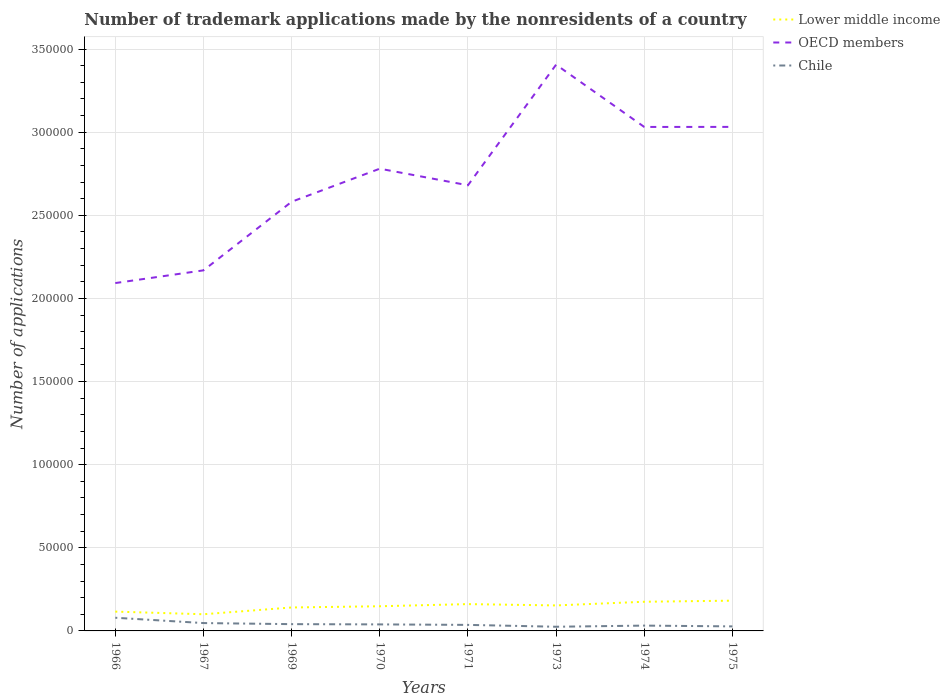
| Years | Lower middle income | OECD members | Chile |
 | --- | --- | --- | --- |
 | 1966 | 1.16e+04 | 2.09e+05 | 7.93e+03 |
 | 1967 | 1e+04 | 2.17e+05 | 4.72e+03 |
 | 1969 | 1.41e+04 | 2.58e+05 | 4.08e+03 |
 | 1970 | 1.48e+04 | 2.78e+05 | 3.92e+03 |
 | 1971 | 1.61e+04 | 2.68e+05 | 3.63e+03 |
 | 1973 | 1.53e+04 | 3.41e+05 | 2.51e+03 |
 | 1974 | 1.75e+04 | 3.03e+05 | 3.2e+03 |
 | 1975 | 1.82e+04 | 3.03e+05 | 2.73e+03 |